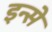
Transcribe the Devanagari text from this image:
इन्से